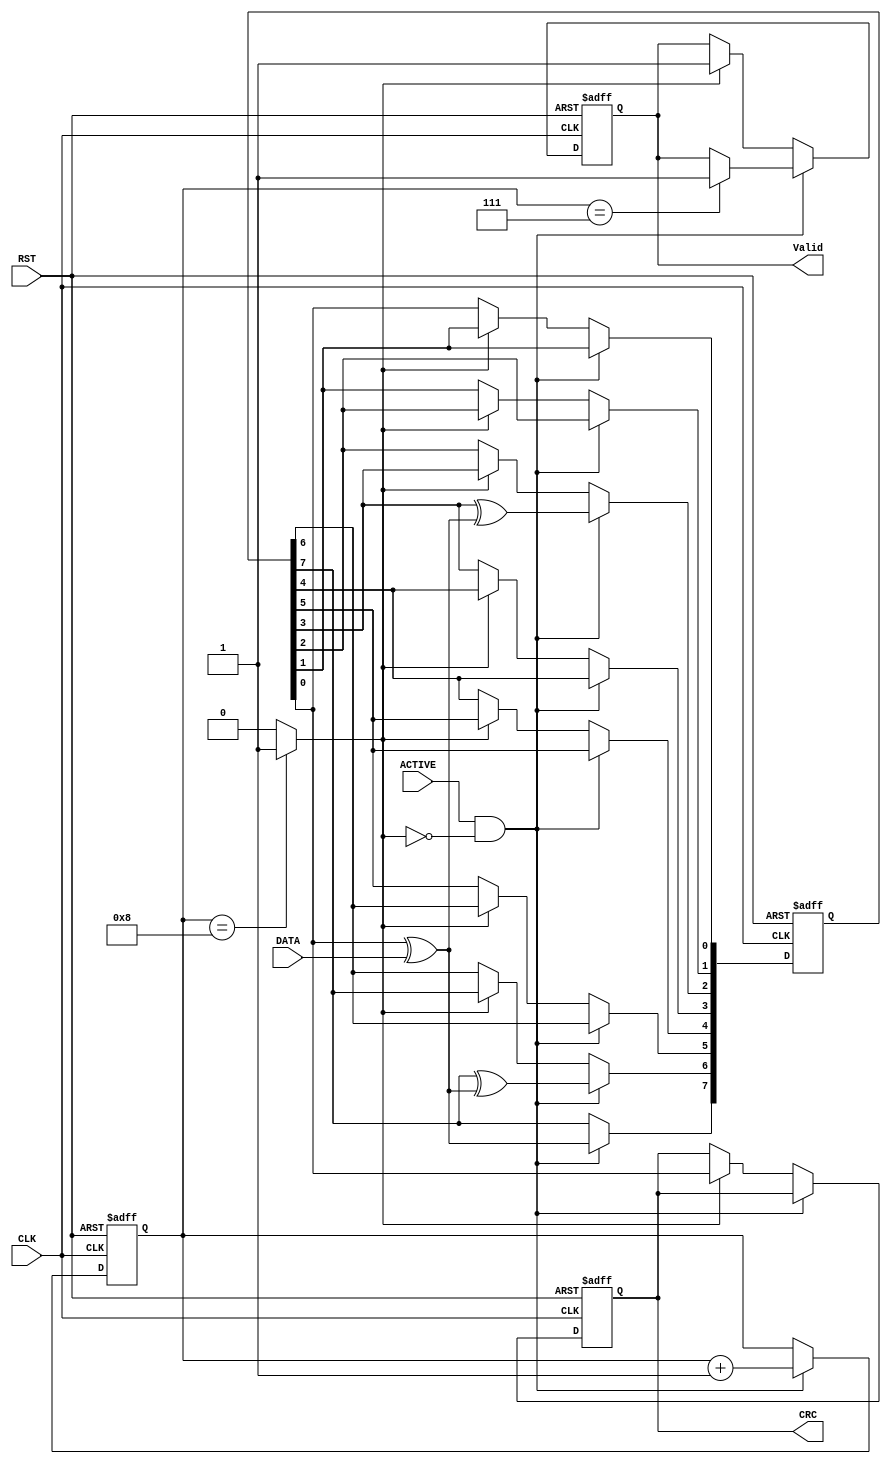
`timescale 1ns / 1ps


module CRC  (
    //input [7:0] DATA,
    input DATA,
    input ACTIVE,
    input CLK,
    input RST,
    output reg CRC,
    output reg Valid
    );
    
    parameter [7:0] seed = 8'hD8;
    parameter [7:0] taps = 8'b01000100;
    reg [7:0] LFSR;
    wire feedback ;
    wire done;
    reg [3:0] cntr;
    integer j;
    
    assign done = (cntr == 8)? 1:0;

    assign feedback = LFSR[0] ^ DATA;

    always @(posedge CLK or negedge RST) begin 
        if(!RST) begin
            LFSR <= seed;
            CRC <= 0;
            cntr <= 0;
            Valid <= 0;
            
        end
        else if (ACTIVE && !done) begin
              LFSR[7] <= feedback;
              cntr <= cntr + 1 ;
              if(cntr ==7) Valid = 1;
              for (j=0 ; j<7 ; j=j+1) begin
                if (taps[j]) LFSR[j] <= LFSR[j+1] ^ feedback;
                else LFSR[j] <= LFSR[j+1] ; 
              end
        end
        else if (done==1) begin
            {LFSR[6:0],CRC} <= LFSR ;
            Valid <= 1;

        end   
    end 
    
endmodule